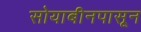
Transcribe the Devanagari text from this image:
सोयाबीनपासून